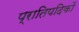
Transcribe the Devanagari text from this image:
प्रातिपदिकों